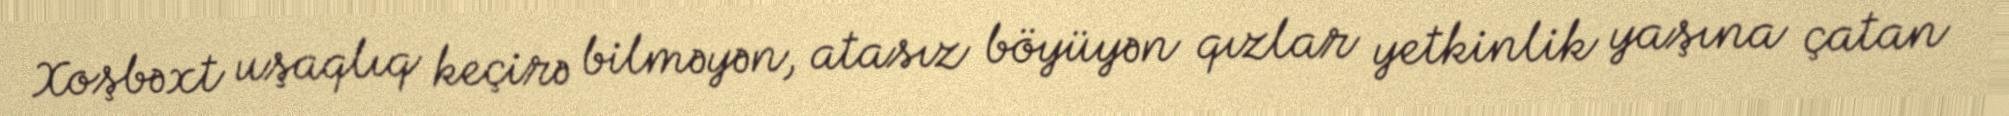
Xoşbəxt uşaqlıq keçirə bilməyən, atasız böyüyən qızlar yetkinlik yaşına çatan